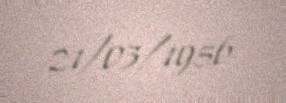
21/03/1956